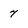
Character: 7